Vaccine operations Central Provinces 1868-1885 - 1868-1885
Year: 1868
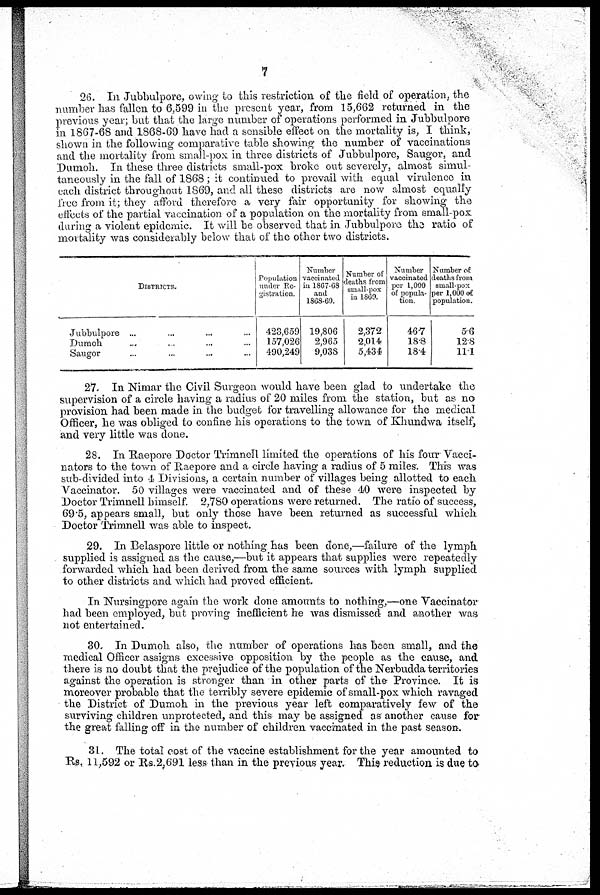
7
26. In Jubbulpore, owing to this restriction of the field of operation; the
number has fallen to 6,599 in the present year, from 15,662 returned in the
previous year; but that the large number of operations performed in Jubbulpore
in 1867-68 and 1868-69 have had a sensible effect on the mortality is, I think,
shown in the following comparative table showing the number of vaccinations
and the mortality from small-pox in three districts of Jubbulpore, Saugor, and
Dumoh. In these three districts small-pox broke out severely, almost simul-
taneously in the fall of 1868 ; it continued to prevail with equal virulence in
each district throughout 1869, and all these districts are now almost equally
free from it; they afford therefore a very fair opportunity for showing the
effects of the partial vaccination of a population on the mortality from small-pox
during a violent epidemic. It will be observed that in Jubbulpore the ratio of
mortality was considerably below that of the other two districts.
DISTRICTS,
Jubbulpore ... ... ... ...
Dumoh ... ... ... ...
Saugor ... ... ... ...
Population
under Re-
gistration.
423,659
157,026
490,249
Number
vaccinated
in 1867-68
and
1868-69.
19,806
2,965
9,038
Number of
deaths from
small-pox
in 1869.
2,372
2,014
5,434
Number
vaccinated
per 1,000
of popula-
tion.
46.7
18.8
18.4
Number of
deaths from
small-pox
per 1,000 of
population.
5.6
12.8
11.1
27. In Nimar the Civil Surgeon would have been glad to undertake the
supervision of a circle having a radius of 20 miles from the station, but as no
provision had been made in the budget for travelling allowance for the medical
Officer, he was obliged to confine his operations to the town of Khundwa itself,
and very little was done.
28. In Raepore Doctor Trimncll limited the operations of his four Vacci¬
nators to the town of Raepore and a circle having a radius of 5 miles. This was
sub-divided into 4 Divisions, a certain number of villages being allotted to each
Vaccinator. 50 villages were vaccinated and of these 40 were inspected by
Doctor Trimnell himself. 2,780 operations were returned. The ratio of success,
69.5, appears small, but only those have been returned as successful which
Doctor Trimnell was able to inspect.
29. In Belaspore little or nothing has been done,—failure of the lymph
supplied is assigned as the cause,—but it appears that supplies were repeatedly
forwarded which had been derived from the same sources with lymph supplied
to other districts and which had proved efficient.
In Nursingpore again the work done amounts to nothing.—one Vaccinator
had been employed, but proving inefficient he was dismissed and another was
not entertained.
30. In Dumoh also, the number of operations has been small, and the
medical Officer assigns excessive opposition by the people as the cause, and
there is no doubt that the prejudice of the population of the Nerbudda territories
against the operation is stronger than in other parts of the Province. It is
moreover probable that the terribly severe epidemic of small-pox which ravaged
the District of Dumoh in the previous year left comparatively few of the
surviving children unprotected, and this may be assigned as another cause for
the great falling off in the number of children vaccinated in the past season.
31. The total cost of the vaccine establishment for the year amounted to
Rs. 11,592 or Rs.2,691 less than in the previous year. This reduction is due to